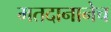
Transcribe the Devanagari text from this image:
मतदानानेच